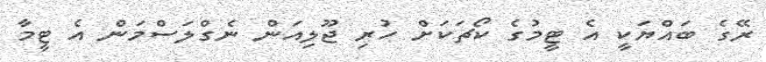
ރޭގެ ބައްޔަކީ އެ ޓީމުގެ ކޯޗަކަށް ހުރި ޖޫލިއަން ނެގްލަސްމަން އެ ޓީމާ